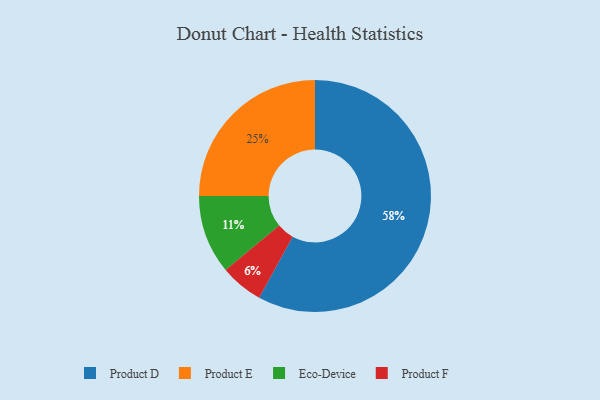
{"axis": {"x": "Category", "y": "Percentage"}, "legend": ["Eco-Device", "Product D", "Product E", "Product F"], "data": [{"x": "Product F", "y": 6, "type": "Product F"}, {"x": "Product E", "y": 25, "type": "Product E"}, {"x": "Product D", "y": 58, "type": "Product D"}, {"x": "Eco-Device", "y": 11, "type": "Eco-Device"}]}